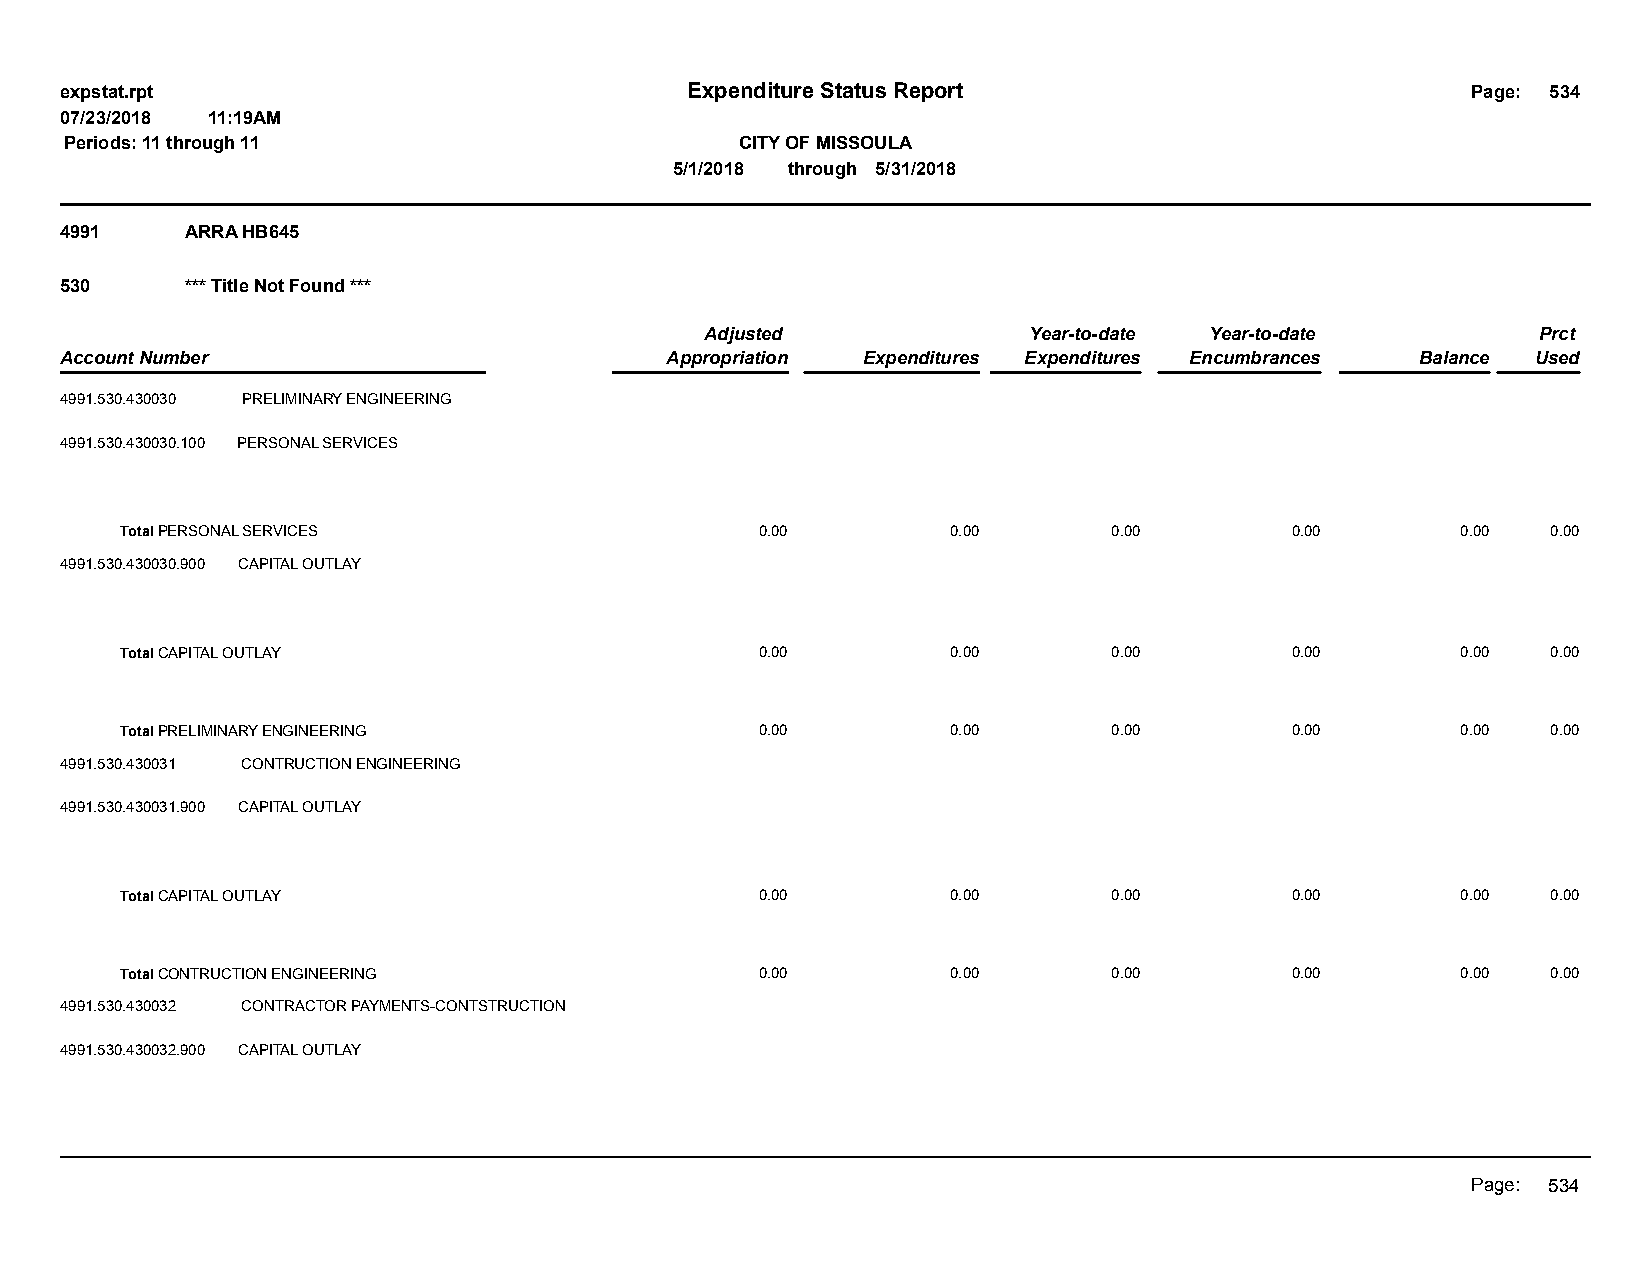
expstat.rpt                              Expenditure Status Report                           Page: 534
 07/23/2018 11:19AM
 Periods: 11 through 11                       CITY OF MISSOULA
 5/1/2018 through 5/31/2018
 4991    ARRA HB645
 530     *** Title Not Found ***
 Adjusted             Year-to-date Year-to-date         Prct
 Account Number                          Appropriation Expenditures Expenditures Encumbrances Balance Used
 4991.530.430030 PRELIMINARY ENGINEERING
 4991.530.430030.100 PERSONAL SERVICES
 Total PERSONAL SERVICES                   0.00         0.00       0.00       0.00        0.00  0.00
 4991.530.430030.900 CAPITAL OUTLAY
 Total CAPITAL OUTLAY                      0.00         0.00       0.00       0.00        0.00  0.00
 Total PRELIMINARY ENGINEERING             0.00         0.00       0.00       0.00        0.00  0.00
 4991.530.430031 CONTRUCTION ENGINEERING
 4991.530.430031.900 CAPITAL OUTLAY
 Total CAPITAL OUTLAY                      0.00         0.00       0.00       0.00        0.00  0.00
 Total CONTRUCTION ENGINEERING             0.00         0.00       0.00       0.00        0.00  0.00
 4991.530.430032 CONTRACTOR PAYMENTS-CONTSTRUCTION
 4991.530.430032.900 CAPITAL OUTLAY
 Page: 534